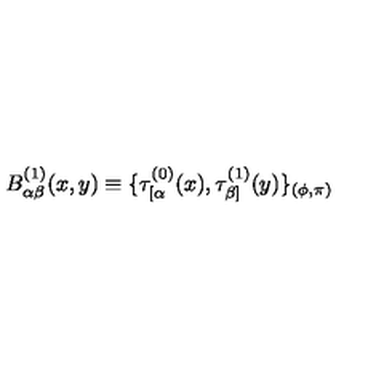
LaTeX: B _ { \alpha \beta } ^ { ( 1 ) } ( x , y ) \equiv \{ \tau _ { [ \alpha } ^ { ( 0 ) } ( x ) , \tau _ { \beta ] } ^ { ( 1 ) } ( y ) \} _ { ( \phi , \pi ) }